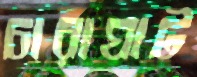
চারাঘাট